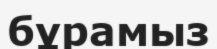
бұрамыз